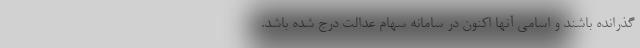
گذرانده باشند و اسامی آنها اکنون در سامانه سهام عدالت درج شده باشد.